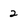
Character: 2